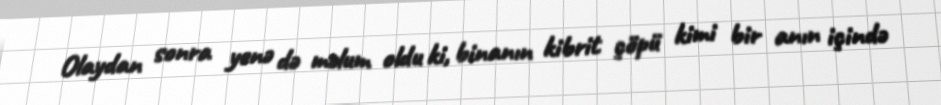
Olaydan sonra yenə də məlum oldu ki, binanın kibrit çöpü kimi bir anın içində